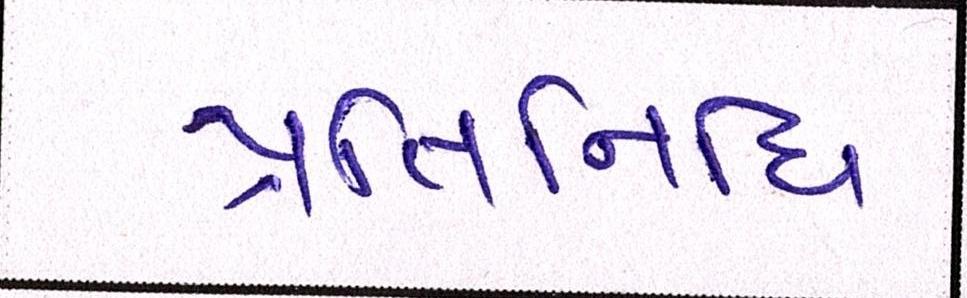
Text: પ્રતિનિધિ